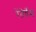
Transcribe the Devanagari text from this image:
रेंतेर्घेम